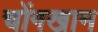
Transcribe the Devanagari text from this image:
चोंगखाम